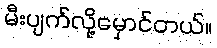
မီးပျက်လို့မှောင်တယ်။